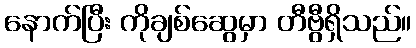
နောက်ပြီး ကိုချစ်ဆွေမှာ တီဗွီရှိသည်။